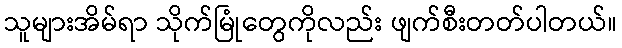
သူများအိမ်ရာ သိုက်မြုံတွေကိုလည်း ဖျက်စီးတတ်ပါတယ်။